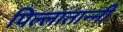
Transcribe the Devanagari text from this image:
पिल्लातान्नी